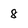
Character: 8